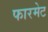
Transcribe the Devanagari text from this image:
फारमेट